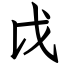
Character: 戉